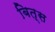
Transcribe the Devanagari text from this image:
बित्स